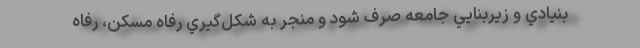
بنيادي و زيربنايي جامعه صرف شود و منجر به شكل‌گيري رفاه مسكن، رفاه